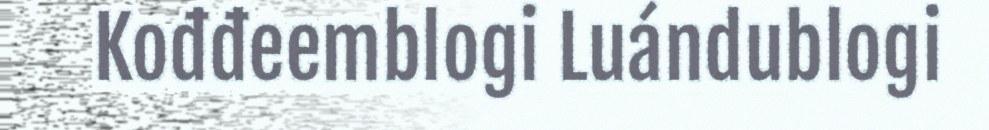
Kođđeemblogi Luándublogi